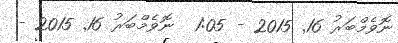
ނޮވެމްބަރު 16